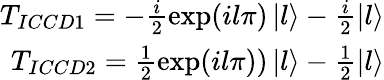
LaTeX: \begin{array}{r}{T_{ICCD1}=-\frac{i}{2}\exp(il\pi)\left|l\right\rangle-\frac{i}{2}\left|l\right\rangle}\\ {T_{ICCD2}=\frac{1}{2}\exp(il\pi))\left|l\right\rangle-\frac{1}{2}\left|l\right\rangle}\end{array}